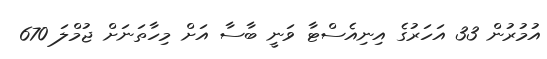
އުމުރުން 33 އަހަރުގެ އިނިއެސްޓާ ވަނީ ބާސާ އަށް މިހާތަނަށް ޖުމްލަ 670